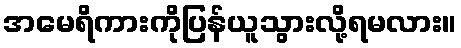
အမေရိကားကိုပြန်ယူသွားလို့ရမလား။